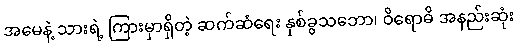
အမေနဲ့ သားရဲ့ ကြားမှာရှိတဲ့ ဆက်ဆံရေး နှစ်ခွသဘော၊ ဝိရောဓိ အနည်းဆုံး